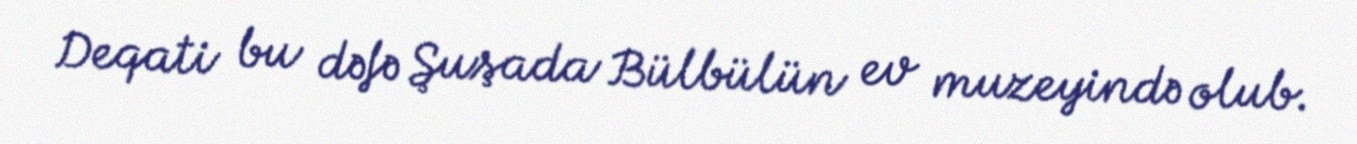
Deqati bu dəfə Şuşada Bülbülün ev muzeyində olub.